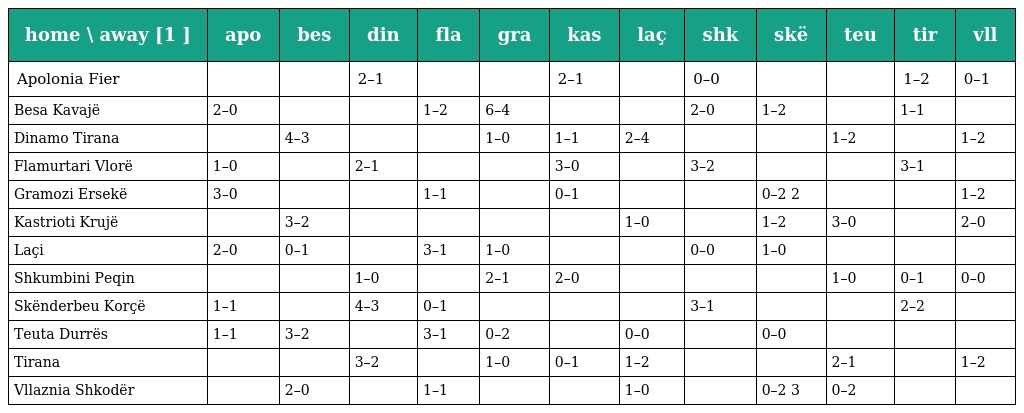
| home \ away [1 ] | apo | bes | din | fla | gra | kas | laç | shk | skë | teu | tir | vll |
 | --- | --- | --- | --- | --- | --- | --- | --- | --- | --- | --- | --- | --- |
 | Apolonia Fier |  |  | 2–1 |  |  | 2–1 |  | 0–0 |  |  | 1–2 | 0–1 |
 | Besa Kavajë | 2–0 |  |  | 1–2 | 6–4 |  |  | 2–0 | 1–2 |  | 1–1 |  |
 | Dinamo Tirana |  | 4–3 |  |  | 1–0 | 1–1 | 2–4 |  |  | 1–2 |  | 1–2 |
 | Flamurtari Vlorë | 1–0 |  | 2–1 |  |  | 3–0 |  | 3–2 |  |  | 3–1 |  |
 | Gramozi Ersekë | 3–0 |  |  | 1–1 |  | 0–1 |  |  | 0–2 2 |  |  | 1–2 |
 | Kastrioti Krujë |  | 3–2 |  |  |  |  | 1–0 |  | 1–2 | 3–0 |  | 2–0 |
 | Laçi | 2–0 | 0–1 |  | 3–1 | 1–0 |  |  | 0–0 | 1–0 |  |  |  |
 | Shkumbini Peqin |  |  | 1–0 |  | 2–1 | 2–0 |  |  |  | 1–0 | 0–1 | 0–0 |
 | Skënderbeu Korçë | 1–1 |  | 4–3 | 0–1 |  |  |  | 3–1 |  |  | 2–2 |  |
 | Teuta Durrës | 1–1 | 3–2 |  | 3–1 | 0–2 |  | 0–0 |  | 0–0 |  |  |  |
 | Tirana |  |  | 3–2 |  | 1–0 | 0–1 | 1–2 |  |  | 2–1 |  | 1–2 |
 | Vllaznia Shkodër |  | 2–0 |  | 1–1 |  |  | 1–0 |  | 0–2 3 | 0–2 |  |  |